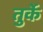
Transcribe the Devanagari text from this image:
तुर्के